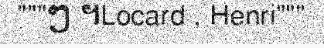
"""ៗ ។Locard , Henri"""